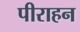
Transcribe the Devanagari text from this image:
पीराहन